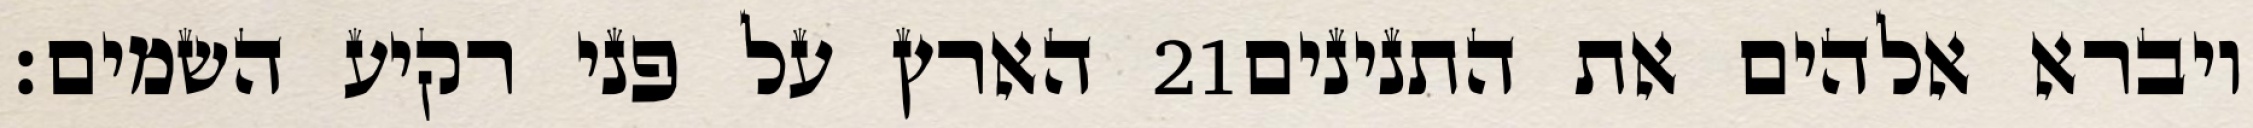
הארץ על פני רקיע השמים׃ ‎21‏ ויברא אלהים את התנינים